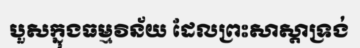
បួសក្នុងធម្មវិន័យ ដែលព្រះសាស្តាទ្រង់